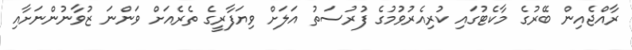
ރާއްޖެއިން ބޭރުގެ މާކެޓުގައި ކުރިއެރުވުމުގެ ފުރުސަތު އަލަށް ވިޔަފާރީގެ ތެރެއަށް ވަންނަ ޒުވާނުންނަށާއި